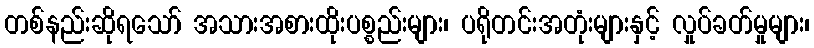
တစ်နည်းဆိုရသော် အသားအစားထိုးပစ္စည်းများ၊ ပရိုတင်းအတုံးများနှင့် လှုပ်ခတ်မှုများ၊